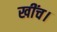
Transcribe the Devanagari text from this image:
खींच।